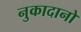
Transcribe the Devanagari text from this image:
नुकादानो